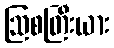
ဩစတြီးယား